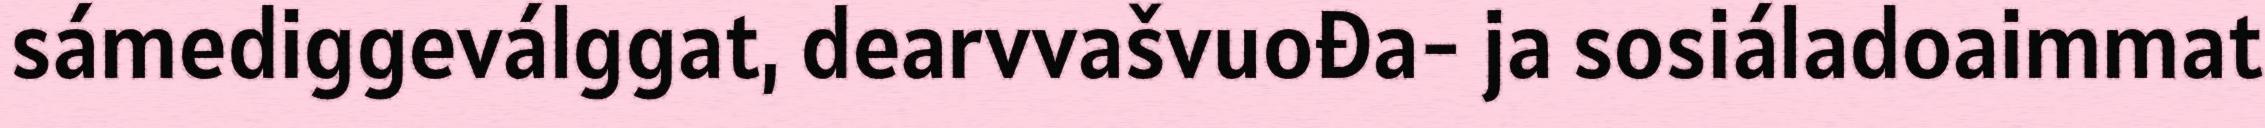
sámediggeválggat, dearvvašvuođa- ja sosiáladoaimmat